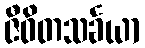
ဇီဝိတသင်္ခယာ